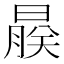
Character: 𬁨